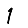
Digit: 1